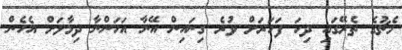
މެޗުގެ ތެރޭގައި ދިހަ ފަހަރަށް ވުރެ ގިނައިން އޭނާ އަހަންނާ ދިމާލަށް އެހެން